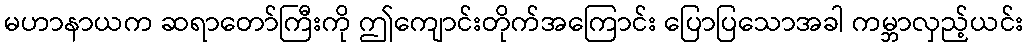
မဟာနာယက ဆရာတော်ကြီးကို ဤကျောင်းတိုက်အကြောင်း ပြောပြသောအခါ ကမ္ဘာလှည့်ယင်း